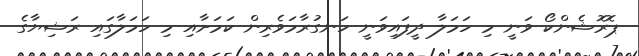
ޕޮރޮޝެންކޯ ވަނީ މި ހަމަލާ ދީފައިވަނީ ހަނގުރާމަވެރިން ކަމަށާއި މި ހަމަލާގައި ރަޝިޔާގެ